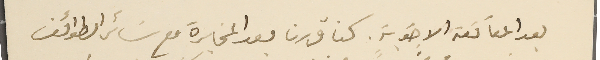
بعد المعانقة الاخوية. كنا قررنا بعد المخابرة مع سَائر الطوائف